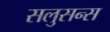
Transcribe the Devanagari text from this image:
सलुसन्स